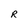
Character: R